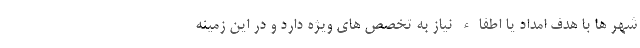
شهر ها با هدف امداد یا اطفاء نیاز به تخصص های ویژه دارد و در این زمینه